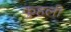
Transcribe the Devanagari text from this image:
कुहली